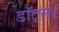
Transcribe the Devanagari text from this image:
डॉट्स।